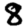
Digit: 8